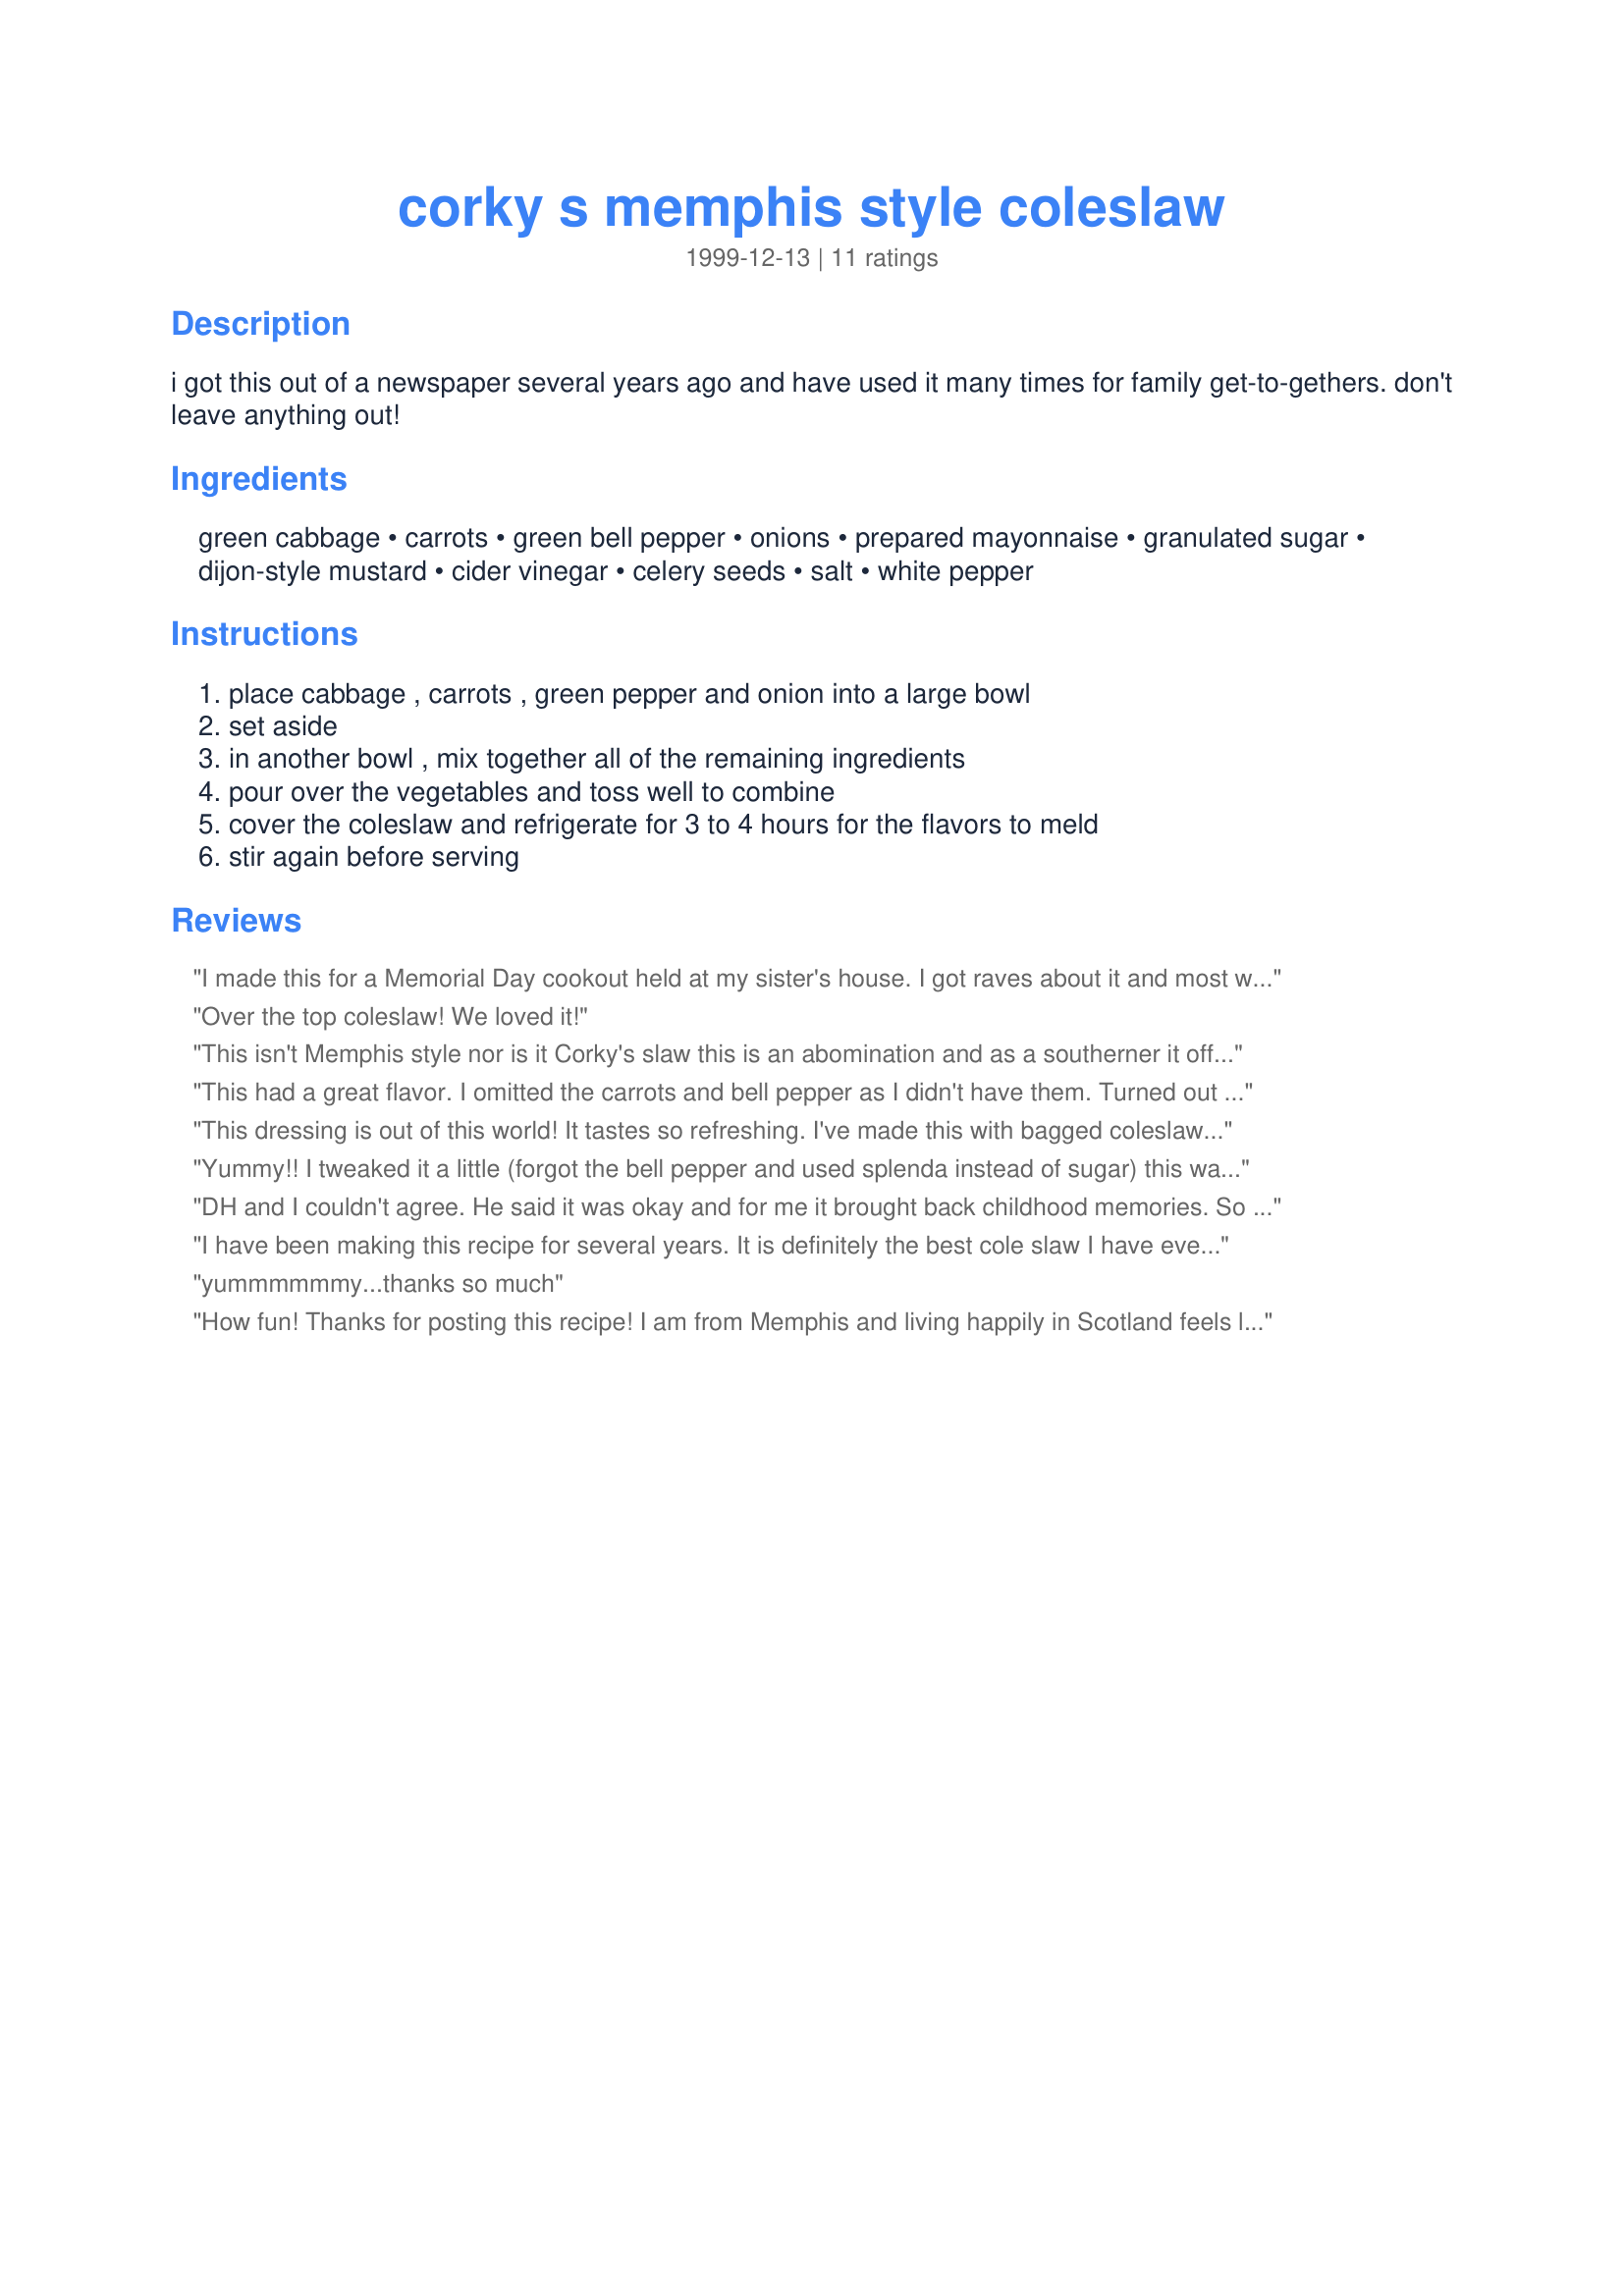
corky s memphis style coleslaw
Preparation time: 0 minutes

i got this out of a newspaper several years ago and have used it many times for family get-to-gethers. don't leave anything out!

Ingredients:
green cabbage, carrots, green bell pepper, onions, prepared mayonnaise, granulated sugar, dijon-style mustard, cider vinegar, celery seeds, salt, white pepper

Steps:
place cabbage , carrots , green pepper and onion into a large bowl, set aside, in another bowl , mix together all of the remaining ingredients, pour over the vegetables and toss well to combine, cover the coleslaw and refrigerate for 3 to 4 hours for the flavors to meld, stir again before serving

Reviews:
I made this for a Memorial Day cookout held at my sister's house. I got raves about it and most wanted to take some home for leftovers. I ended up taking home an empty bowl. I think I will be requested to bring this to more gatherings in the future. My son's fiance already asked me to make it for her wedding reception.

This makes a lot and all of the ingredients go really well together. I didn't change a thing. Thanks B&B for an excellent slaw recipe!
Over the top coleslaw! We loved it!
This isn't Memphis style nor is it Corky's slaw this is an abomination and as a southerner it offends me.
This had a great flavor. I omitted the carrots and bell pepper as I didn't have them. Turned out a little too wet(maybe because I left the other veggies out) Next time I may double the cabbage as I like it less soggy. Still was extremely tasty.
This dressing is out of this world! It tastes so refreshing. I've made this with bagged coleslaw, and then shredded the cabbage myself with a food processor. The bagged coleslaw I think leaves a bitter aftertaste. The flavors are much nicer and fresh when you shred the cabbage yourself. Thanks so much for sharing!
Yummy!! I tweaked it a little (forgot the bell pepper and used splenda instead of sugar) this was relly incredibly good--even my hubby who doesn't like coleslaw liked this. great with ribs....
DH and I couldn't agree. He said it was okay and for me it brought back childhood memories. So I split the difference and gave it a 4. I made only half a recipe. It took me about 15 minutes to put it together using the food processor for both preparing the veggies and blending the dressing. I did use both red and green bell peppers for color. The full recipe would would make about 12 plus servings easy.
I have been making this recipe for several years. It is definitely the best cole slaw I have ever tasted & always gets rave reviews at gatherings. Thanks for posting. My old yellowed newspaper clipping reads "the difference must be the celery seeds, vinegar and mustard. Don't leave anyting out. It's perfect." & I strongly agree!
yummmmmmy...thanks so much
How fun! Thanks for posting this recipe! I am from Memphis and living happily in Scotland feels like a world away from a meal at "Corky's". Its great to see this here. Its a keeper. Nothing like Memphis BBQ and coleslaw on a Sunday!
Good coleslaw. I only had 1 hour to refrigerate but was still good. Served it with Recipe #13982.
